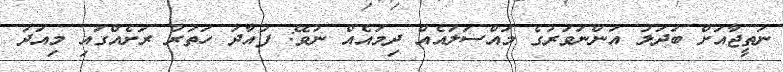
ނަތީޖާއަށް ބަދަލު އަންނަވަރުގެ މައްސަލައެއް ދިމައެއް ނުވޭ: ފުއާދު ހަތަރު ރަށެއްގައި މިއަދު